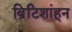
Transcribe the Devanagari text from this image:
ब्रिटिशांहून